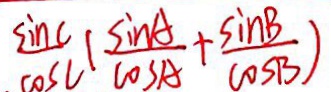
\frac { \sin C } { \cos C } ( \frac { \sin A } { \cos A } + \frac { \sin B } { \cos B } )